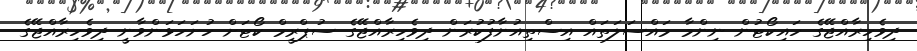
ދިވެހިރާއްޖޭގެ ހައިކޯޓުން ނިންމާ މައްސަލަތައް އިސްތިއުނާފުކުރަން ދިވެހިރާއްޖޭގެ ސުޕްރީމް ކޯޓަށް ހުށަހަޅަންވާނީ ދިވެހިރާއްޖޭގެ